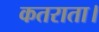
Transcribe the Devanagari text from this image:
कतराता।